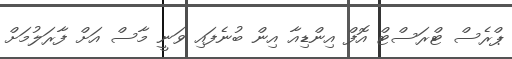
ޕްރެސް ޓްރަސްޓް އޮފް އިންޑިއާ އިން ބުނެފައި ވަނީ މާސް އަށް ފާރަލުމަށް